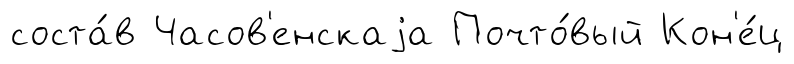
соста́в Часов'енскаjа Почто́вый Кон'е́ц